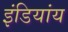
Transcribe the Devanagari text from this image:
इंडियांय